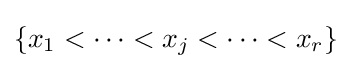
\left\{x_{1}<\cdots <x_{j}<\cdots <x_{r}\right\}